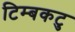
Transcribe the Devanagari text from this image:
टिम्बकटु